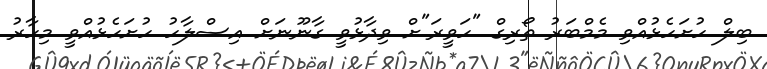
ބިލް ހުށަހެޅުއްވި މެމްބަރު ތޯރިގް "ހަވީރަ"ށް ވިދާޅުވީ ގާނޫނަށް އިސްލާހު ހުށަހެޅުއްވީ މިހާރު